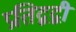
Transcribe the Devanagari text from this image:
प्रतिद्वद्वी